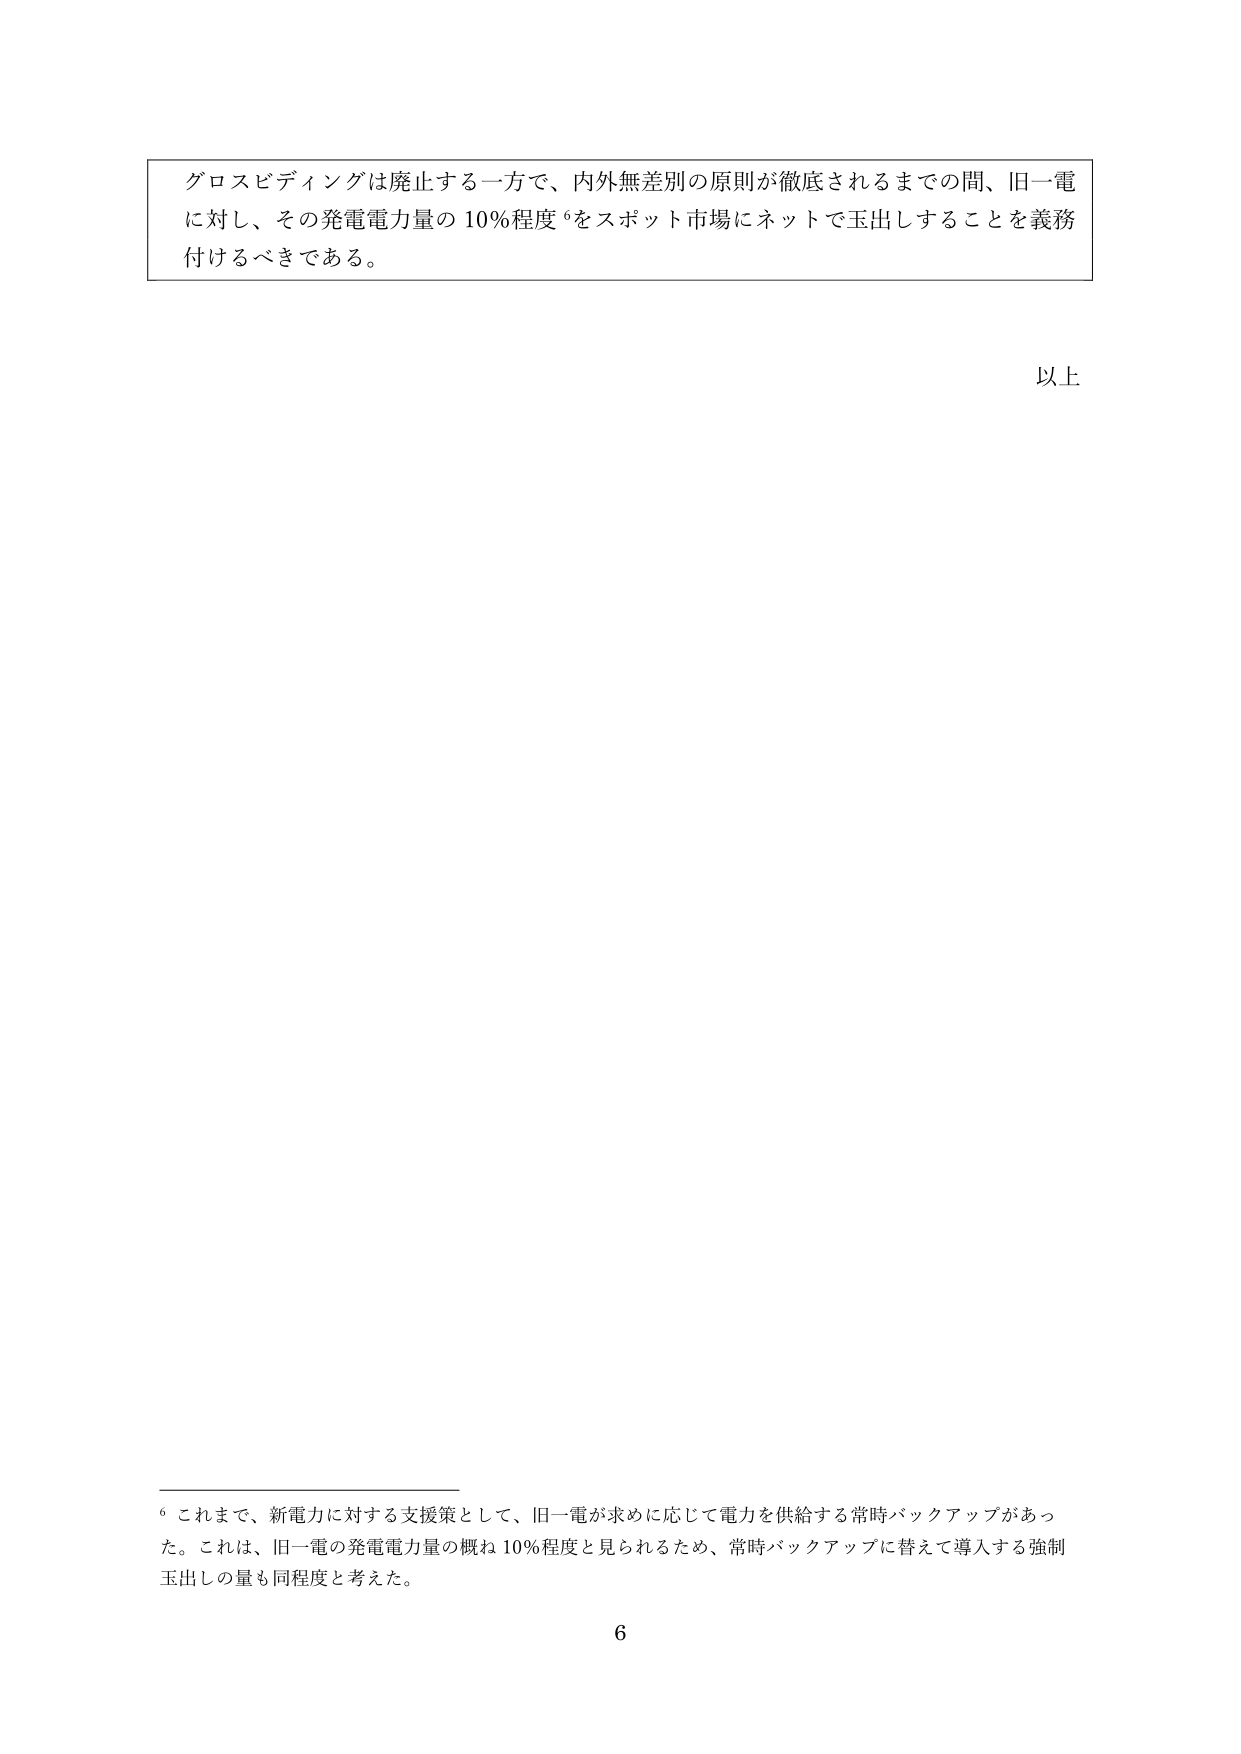
グロスビディングは廃止する一方で、内外無差別の原則が徹底されるまでの間、旧一電に対し、その発電電力量の10％程度⁶をスポット市場にネットで玉出しすることを義務付けるべきである。

以上

⁶ これまで、新電力に対する支援策として、旧一電が求めに応じて電力を供給する常時バックアップがあった。これは、旧一電の発電電力量の概ね10％程度と見られるため、常時バックアップに替えて導入する強制玉出しの量も同程度と考えた。

6